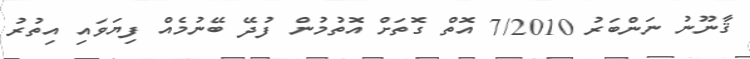
ޤާނޫނު ނަންބަރު 7/2010 އޮތް ގޮތަށް އޮތުމުން ފުދޭ ބޭނުމެއް ފިޔަވައި އިތުރު